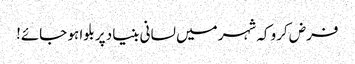
فرض کرو کہ شہر میں لسانی بنیاد پر بلوا ہو جائے!